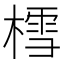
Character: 樰